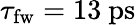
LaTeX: \tau_{\mathrm{{fw}}}=13~\mathrm{ps}